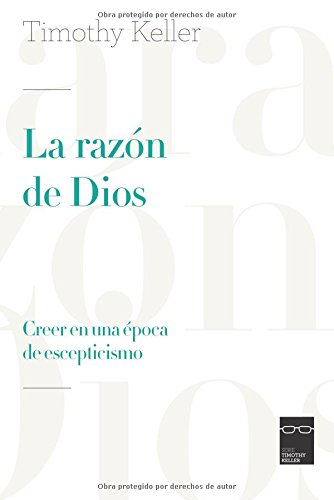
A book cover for La razÃ³n de Dios: Creer en una Ã©poca de escepticismo (Spanish Edition); Timothy Keller; Christian Books & Bibles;